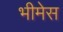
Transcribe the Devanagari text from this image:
भीमेस